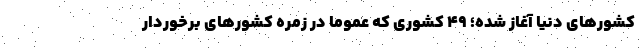
کشورهای دنیا آغاز شده؛ 49 کشوری که عموما در زمره کشورهای برخوردار